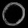
Digit: ၀